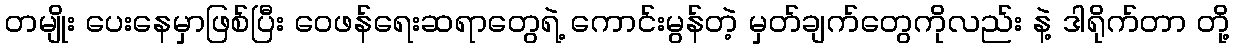
တမျိုး ပေးနေမှာဖြစ်ပြီး ဝေဖန်ရေးဆရာတွေရဲ့ ကောင်းမွန်တဲ့ မှတ်ချက်တွေကိုလည်း နဲ့ ဒါရိုက်တာ တို့